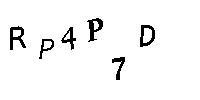
RP4P7D